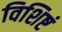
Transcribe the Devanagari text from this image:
विशिष्टं